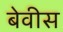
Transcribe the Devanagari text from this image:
बेवीस